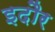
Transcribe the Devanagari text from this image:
इदौर